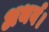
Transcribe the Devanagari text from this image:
अथर्व।